Indian journal of veterinary science and animal husbandry - Volumes 22-23, 1952-1953
Year: 1952
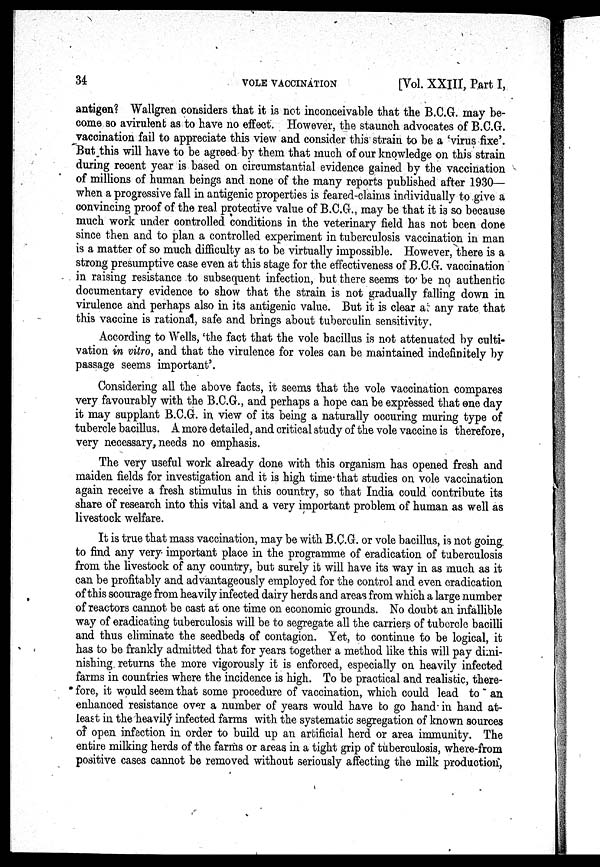
34
VOLE
VACCINATION
[Vol. XXIII, Part I,
antigen? Wallgren considers that it is not inconceivable that the B.C.G. may be-
come so avirulent as to have no effect. However, the staunch advocates of B.C.G.
vaccination fail to appreciate this view and consider this strain to be a 'virus fixe'.
But this will have to be agreed by them that much of our knowledge on this strain
during recent year is based on circumstantial evidence gained by the vaccination
of millions of human beings and none of the many reports published after 1930—
when a progressive fall in antigenic properties is feared-claims individually to give a
convincing proof of the real protective value of B.C.G., may be that it is so because
much work under controlled conditions in the veterinary field has not been done
since then and to plan a controlled experiment in tuberculosis vaccination in man
is a matter of so much difficulty as to be virtually impossible. However, there is a
strong presumptive case even at this stage for the effectiveness of B.C.G. vaccination
in raising resistance to subsequent infection, but there seems to be no authentic
documentary evidence to show that the strain is not gradually falling down in
virulence and perhaps also in its antigenic value. But it is clear at any rate that
this vaccine is rational, safe and brings about tuberculin sensitivity.
According to Wells, 'the fact that the vole bacillus is not attenuated by culti-
vation in vitro, and that the virulence for voles can be maintained indefinitely by
passage seems important'.
Considering all the above facts, it seems that the vole vaccination compares
very favourably with the B.C.G., and perhaps a hope can be expressed that one day
it may supplant B.C.G. in view of its being a naturally occuring muring type of
tubercle bacillus. A more detailed, and critical study of the vole vaccine is therefore,
very necessary, needs no emphasis.
The very useful work already done with this organism has opened fresh and
maiden fields for investigation and it is high time that studies on vole vaccination
again receive a fresh stimulus in this country, so that India could contribute its
share of research into this vital and a very important problem of human as well as
livestock welfare.
It is true that mass vaccination, may be with B.C.G. or vole bacillus, is not going
to find any very important place in the programme of eradication of tuberculosis
from the livestock of any country, but surely it will have its way in as much as it
can be profitably and advantageously employed for the control and even eradication
of this scourage from heavily infected dairy herds and areas from which a large number
of reactors cannot be cast at one time on economic grounds. No doubt an infallible
way of eradicating tuberculosis will be to segregate all the carriers of tubercle bacilli
and thus eliminate the seedbeds of contagion. Yet, to continue to be logical, it
has to be frankly admitted that for years together a method like this will pay dimi-
nishing returns the more vigorously it is enforced, especially on heavily infected
farms in countries where the incidence is high. To be practical and realistic, there-
fore, it would seem that some procedure of vaccination, which could lead to an
enhanced resistance over a number of years would have to go hand in hand at-
least in the heavily infected farms with the systematic segregation of known sources
of open infection in order to build up an artificial herd or area immunity. The
entire milking herds of the farms or areas in a tight grip of tuberculosis, where-from
positive cases cannot be removed without seriously affecting the milk production,